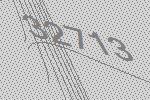
32713